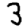
Digit: 3